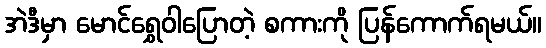
အဲဒီမှာ မောင်ရွှေဝါပြောတဲ့ စကားကို ပြန်ကောက်ရမယ်။